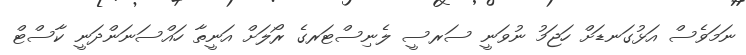
ނަމަވެސް އަޅުގަނޑަށް ހަޖަމު ނުވަނީ ސަރސީ ލެނިސްޓަރގެ ރޯލަށް އަނީތާ ހައްސަނަންދަނީ ކާސްޓް